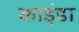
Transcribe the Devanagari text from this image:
काइंडा